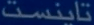
تانینست